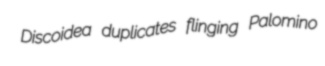
Discoidea duplicates flinging Palomino